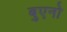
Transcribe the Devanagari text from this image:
बुएनो